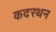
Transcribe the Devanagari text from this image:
कदरथन